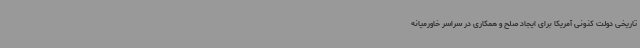
تاریخی دولت کنونی آمریکا برای ایجاد صلح و همکاری در سراسر خاورمیانه